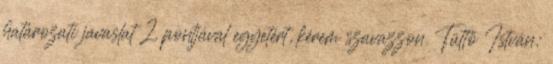
határozati javaslat 2. pontjával egyetért, kérem szavazzon. Tüttő István: